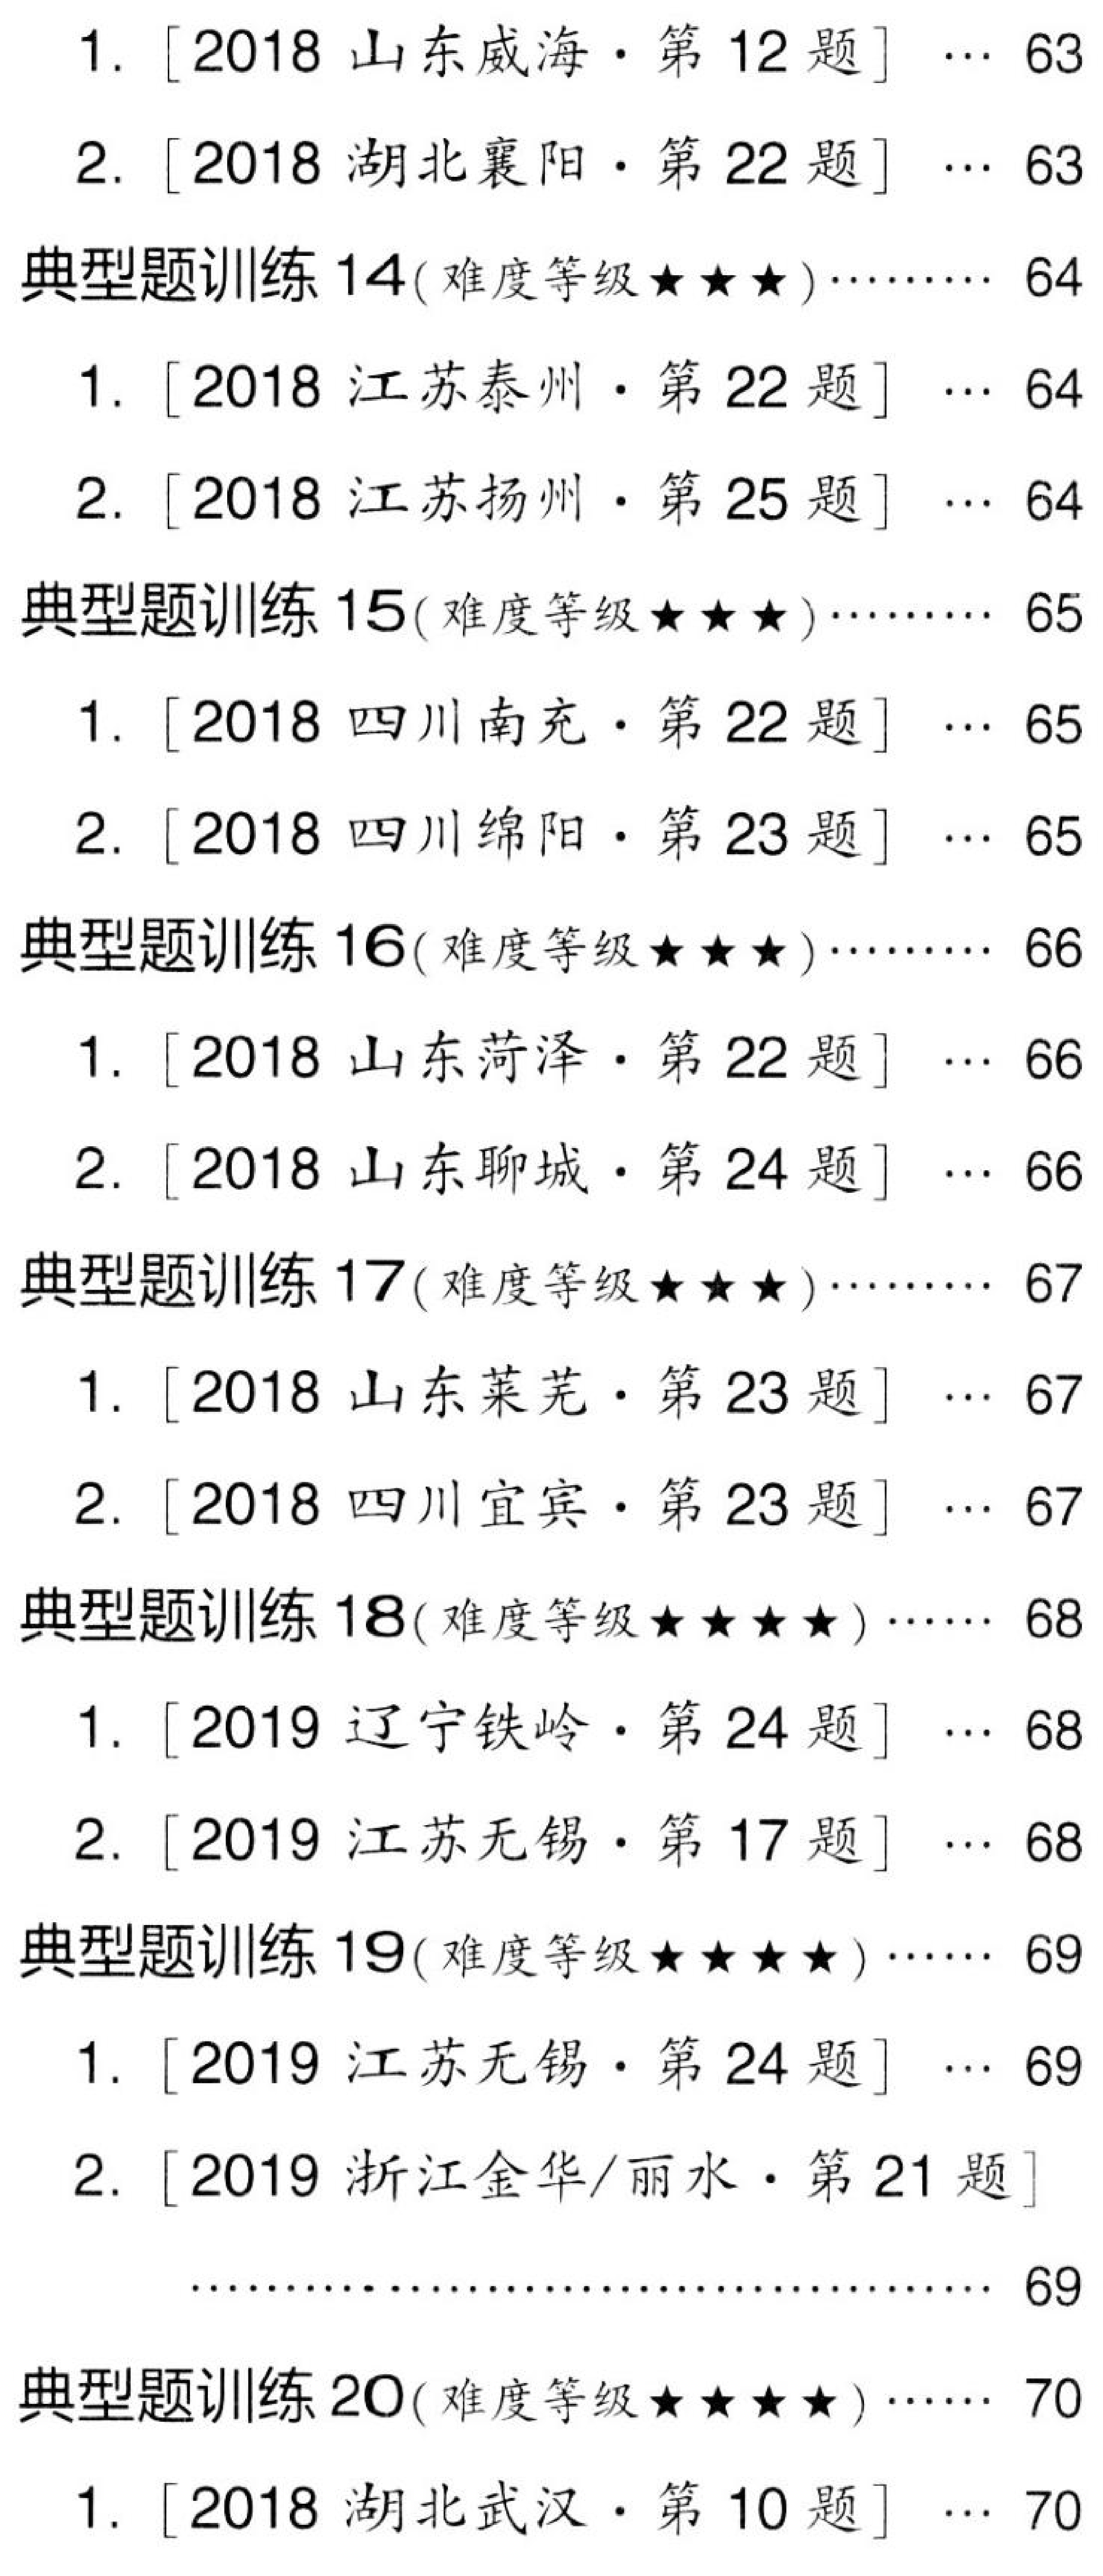
1. [2018 山东威海·第 12 题] $\cdots$ 63
2. [2018 湖北襄阳·第 22 题] $\cdots$ 63
典型题训练 14(难度等级$\star\star\star$)$\cdots\cdots\cdots$ 64
1. [2018 江苏泰州·第 22 题] $\cdots$ 64
2. [2018 江苏扬州·第 25 题] $\cdots$ 64
典型题训练 15(难度等级$\star\star\star$)$\cdots\cdots\cdots$ 65
1. [2018 四川南充·第 22 题] $\cdots$ 65
2. [2018 四川绵阳·第 23 题] $\cdots$ 65
典型题训练 16(难度等级$\star\star\star$)$\cdots\cdots\cdots$ 66
1. [2018 山东菏泽·第 22 题] $\cdots$ 66
2. [2018 山东聊城·第 24 题] $\cdots$ 66
典型题训练 17(难度等级$\star\star\star$)$\cdots\cdots\cdots$ 67
1. [2018 山东莱芜·第 23 题] $\cdots$ 67
2. [2018 四川宜宾·第 23 题] $\cdots$ 67
典型题训练 18(难度等级$\star\star\star\star$)$\cdots\cdots$ 68
1. [2019 辽宁铁岭·第 24 题] $\cdots$ 68
2. [2019 江苏无锡·第 17 题] $\cdots$ 68
典型题训练 19(难度等级$\star\star\star\star$)$\cdots\cdots$ 69
1. [2019 江苏无锡·第 24 题] $\cdots$ 69
2. [2019 浙江金华/丽水·第 21 题] $\cdots$ 69
典型题训练 20(难度等级$\star\star\star\star$)$\cdots\cdots$ 70
1. [2018 湖北武汉·第 10 题] $\cdots$ 70